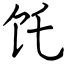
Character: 饦